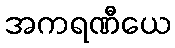
အကရဏီယေ